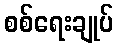
စစ်ရေးချုပ်